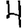
Digit: 4